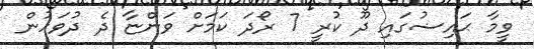
ވީމާ ޙައިޟުގައި ދޫ ކުރީ 7 ރޯދަ ކަމަށް ވަންޏާ ދެ ދުވަހުން